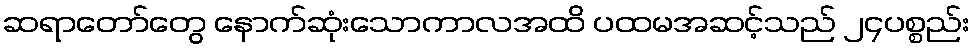
ဆရာတော်တွေ နောက်ဆုံးသောကာလအထိ ပထမအဆင့်သည် ၂၄ပစ္စည်း